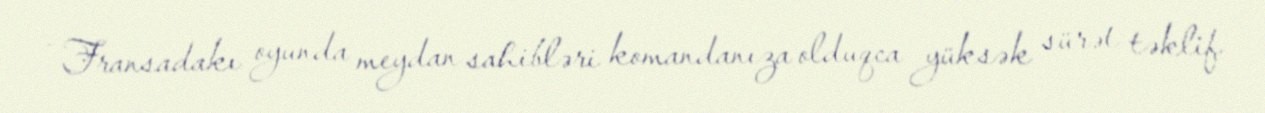
- Fransadakı oyunda meydan sahibləri komandanıza olduqca yüksək sürət təklif